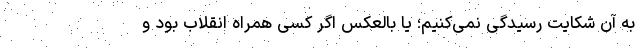
به آن شکایت رسیدگی نمی‌کنیم؛ یا بالعکس اگر کسی همراه انقلاب بود و